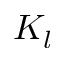
K _ { l }